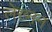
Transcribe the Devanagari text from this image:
लेख्नन